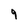
Character: 9